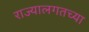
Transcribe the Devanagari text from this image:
राज्यालगतच्या